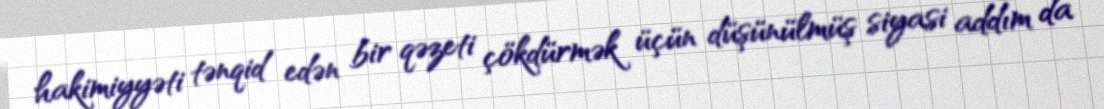
hakimiyyəti tənqid edən bir qəzeti çökdürmək üçün düşünülmüş siyasi addım da